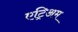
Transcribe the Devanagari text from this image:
एट्रिअम